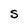
Character: S